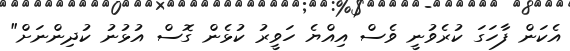
އެކަން ފާހަގަ ކުރެވުނީ ވެސް އިއްޔެ ހަވީރު ކުޅެން ގޮސް އުޅުނު ކުދިންނަށް"